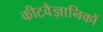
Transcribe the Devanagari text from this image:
कीटवैज्ञानिकों